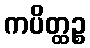
ကပိတ္ထဉ္စ